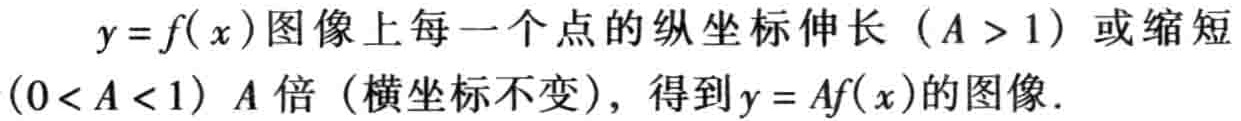
\(y = f(x)\)图像上每一个点的纵坐标伸长（\(A > 1\)）或缩短（\(0 < A < 1\)）\(A\)倍（横坐标不变），得到\(y = Af(x)\)的图像.